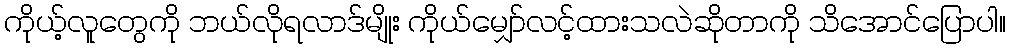
ကိုယ့်လူတွေကို ဘယ်လိုရလာဒ်မျိုး ကိုယ်မျှော်လင့်ထားသလဲဆိုတာကို သိအောင်ပြောပါ။